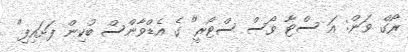
ރޯގް ވަން: އަ ސްޓާ ވޯސް ސްޓޯރީ" ގެ އެޑްވާންސް ބުކިން ފަށައިފި"